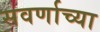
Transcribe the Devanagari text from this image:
सवर्णाच्या